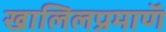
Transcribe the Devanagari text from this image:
खालिलप्रमाणॅ